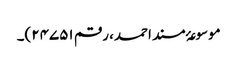
موسوعۂ مسند احمد، رقم ۲۴۷۵۱)۔